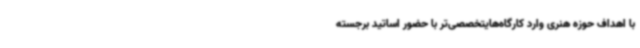
با اهداف حوزه هنری وارد کارگاه‌هایتخصصی‌تر با حضور اساتید برجسته